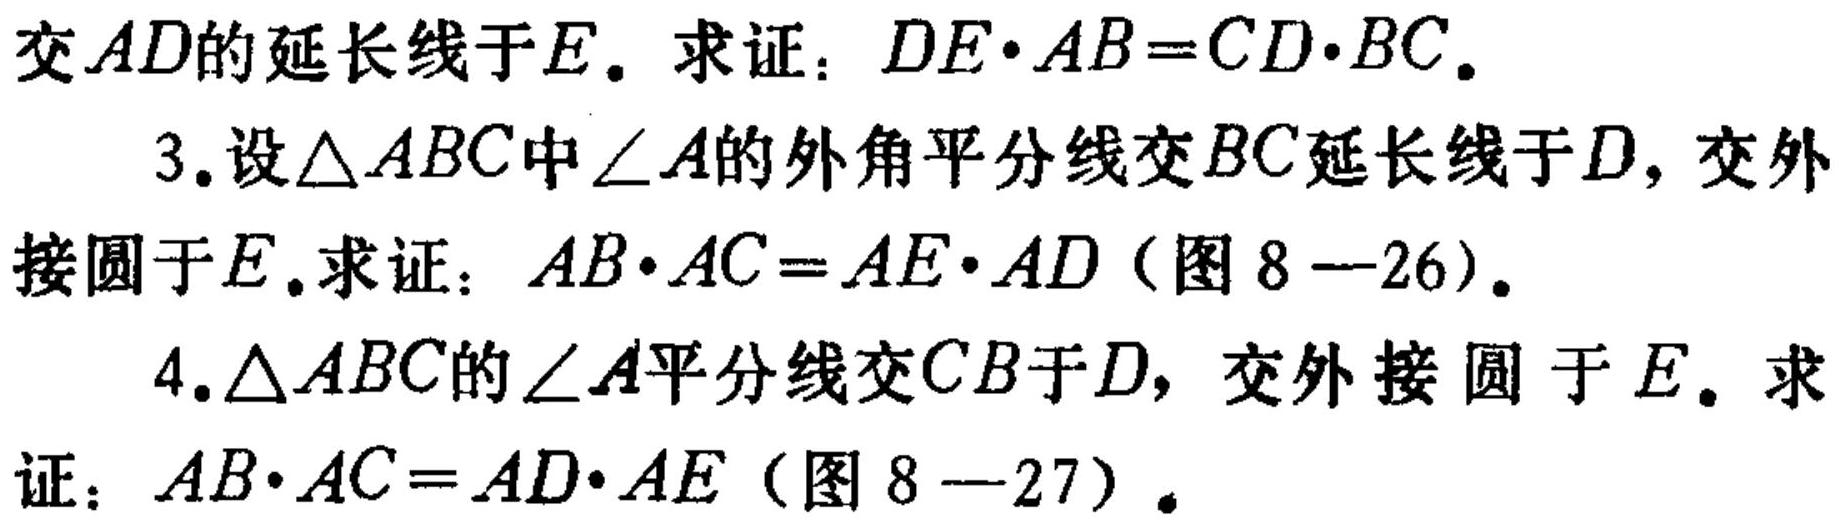
交\(AD\)的延长线于\(E\)。求证：\(DE\cdot AB = CD\cdot BC\)。
3.设\(\triangle ABC\)中\(\angle A\)的外角平分线交\(BC\)延长线于\(D\)，交外接圆于\(E\)。求证：\(AB\cdot AC = AE\cdot AD\)（图\(8 - 26\)）。
4.\(\triangle ABC\)的\(\angle A\)平分线交\(CB\)于\(D\)，交外接圆于\(E\)。求证：\(AB\cdot AC = AD\cdot AE\)（图\(8 - 27\)）。